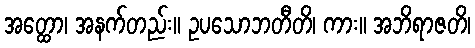
အတ္ထော၊ အနက်တည်း။ ဥပသောဘတီတိ၊ ကား။ အဘိရာဇတိ၊